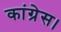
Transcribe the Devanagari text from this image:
कांग्रेस।